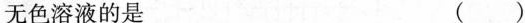
无色溶液的是 ( )